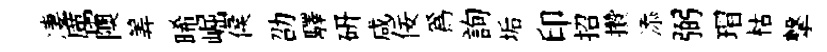
凄厲隩筭晞崛侯劭驛硏咸佞為詢垢印招攢添弼瑁枯撃